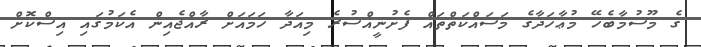
ގެ މޫސުމާބެހޭ މުޢާހަދާގެ މަސައްކަތްތައް ފެށުނީއްސުރެ މިއަދާ ހަމައަށް ރާއްޖެއިން އެކަމުގައި އިސްކޮށް